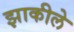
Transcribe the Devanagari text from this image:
झाकीले